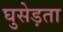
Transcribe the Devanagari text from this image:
घुसेड़ता